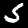
Digit: 5